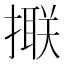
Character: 𢵑